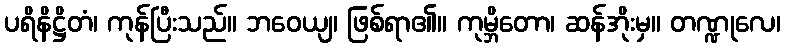
ပရိနိဋ္ဌိတံ၊ ကုန်ပြီးသည်။ ဘဝေယျ၊ ဖြစ်ရာ၏။ ကုမ္ဘိတော၊ ဆန်အိုးမှ။ တဏ္ဍုလေ၊